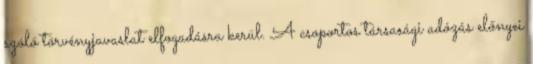
szóló törvényjavaslat elfogadásra kerül. A csoportos társasági adózás előnyei